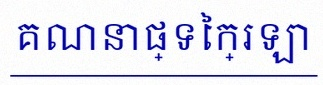
គណនាផ្ទៃក្រឡា